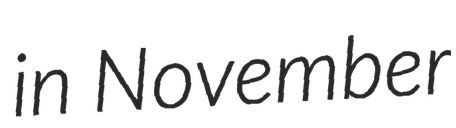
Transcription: in November